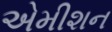
એમીશન